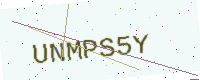
Text: UNMPS5Y